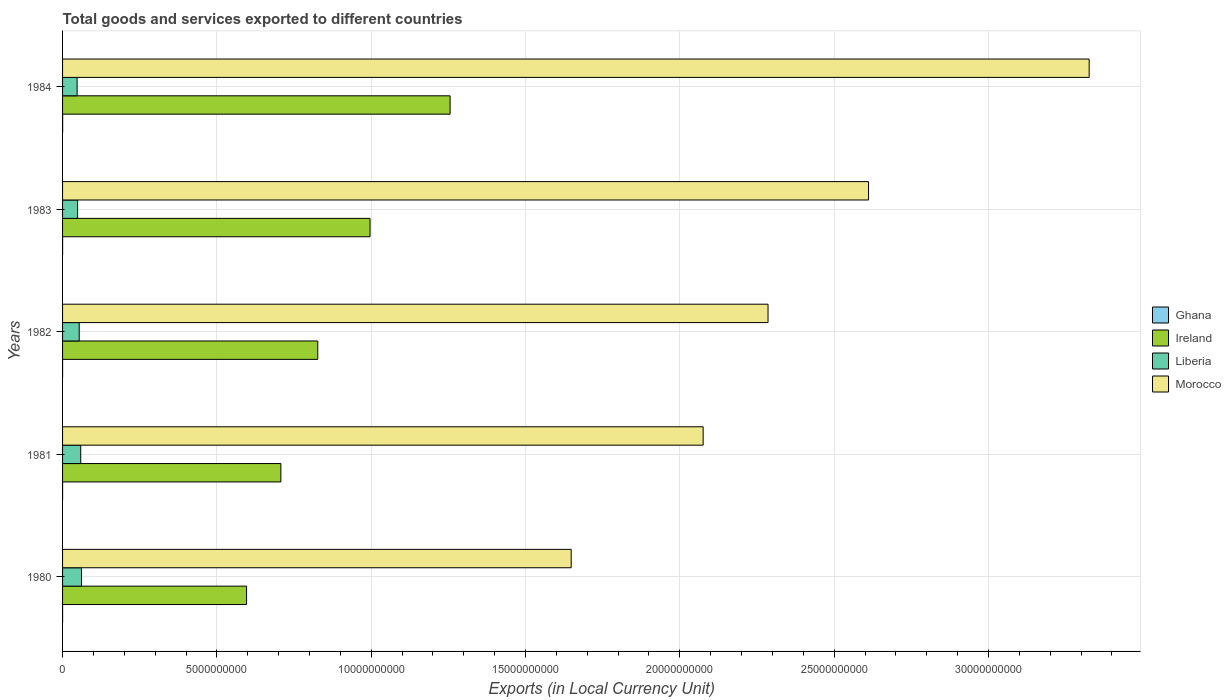
| Years | Ghana | Ireland | Liberia | Morocco |
 | --- | --- | --- | --- | --- |
 | 1980 | 3.63e+05 | 5.96e+09 | 6.13e+08 | 1.65e+10 |
 | 1981 | 3.45e+05 | 7.07e+09 | 5.88e+08 | 2.08e+10 |
 | 1982 | 2.89e+05 | 8.27e+09 | 5.39e+08 | 2.29e+10 |
 | 1983 | 1.02e+06 | 9.96e+09 | 4.87e+08 | 2.61e+10 |
 | 1984 | 2.18e+06 | 1.26e+10 | 4.71e+08 | 3.33e+10 |